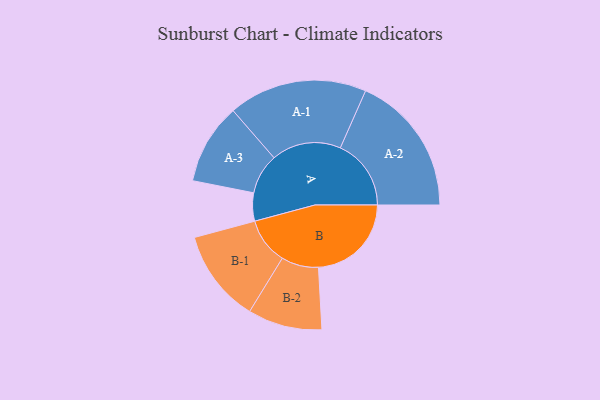
{"axis": {"x": "Segment", "y": "Value"}, "legend": ["", "A", "B"], "data": [{"x": "A", "y": 103, "type": ""}, {"x": "B", "y": 340, "type": ""}, {"x": "A-1", "y": 254, "type": "A"}, {"x": "A-2", "y": 259, "type": "A"}, {"x": "A-3", "y": 148, "type": "A"}, {"x": "B-1", "y": 170, "type": "B"}, {"x": "B-2", "y": 136, "type": "B"}]}